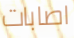
اصابات